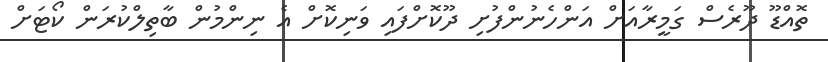
ތޮއްޑޫ ދޫރެސް ގަމީރާއަށް އަންހެނުންފުށި ދޫކޮށްފައި ވަނިކޮށް އެ ނިންމުން ބާތިލްކުރަން ކޯޓަށް